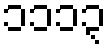
၁၁၁၃